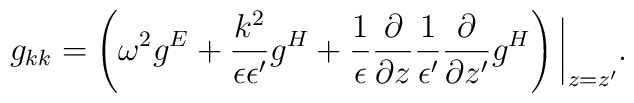
g_{kk}=\left(\omega^2g^E+{k^2\over\epsilon\epsilon'}g^H+{1\over\epsilon}{\partial\over\partial z}{1\over\epsilon'}{\partial\over\partial z'}g^H\right)\bigg|_{z=z'}.